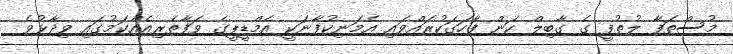
މުސްތަފާ ލުތުފީ ގެ ގާބިލް ކަން ފާހަގަކުރައްވައި އެމަނިކުފާނަކީ އެމްޑީޕީގެ ވަފާތެރިއެއްކަމުގައި ވިދާޅުވެ